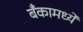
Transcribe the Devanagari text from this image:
बँकामध्ये